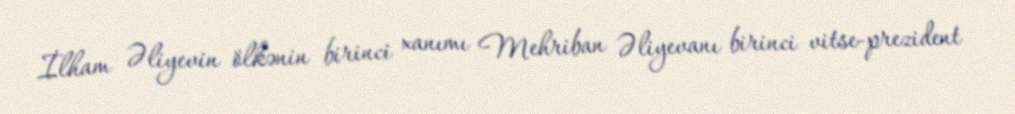
İlham Əliyevin ölkənin birinci xanımı Mehriban Əliyevanı birinci vitse-prezident